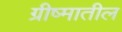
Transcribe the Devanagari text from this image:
ग्रीष्मातील